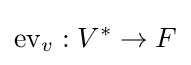
\mathrm {ev} _{v}:V^{*}\to F